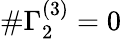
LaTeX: \# \Gamma_{2}^{(3)}=0